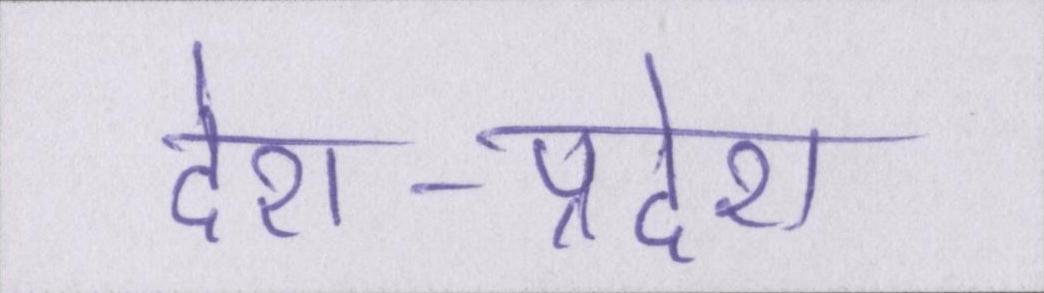
देश-प्रदेश